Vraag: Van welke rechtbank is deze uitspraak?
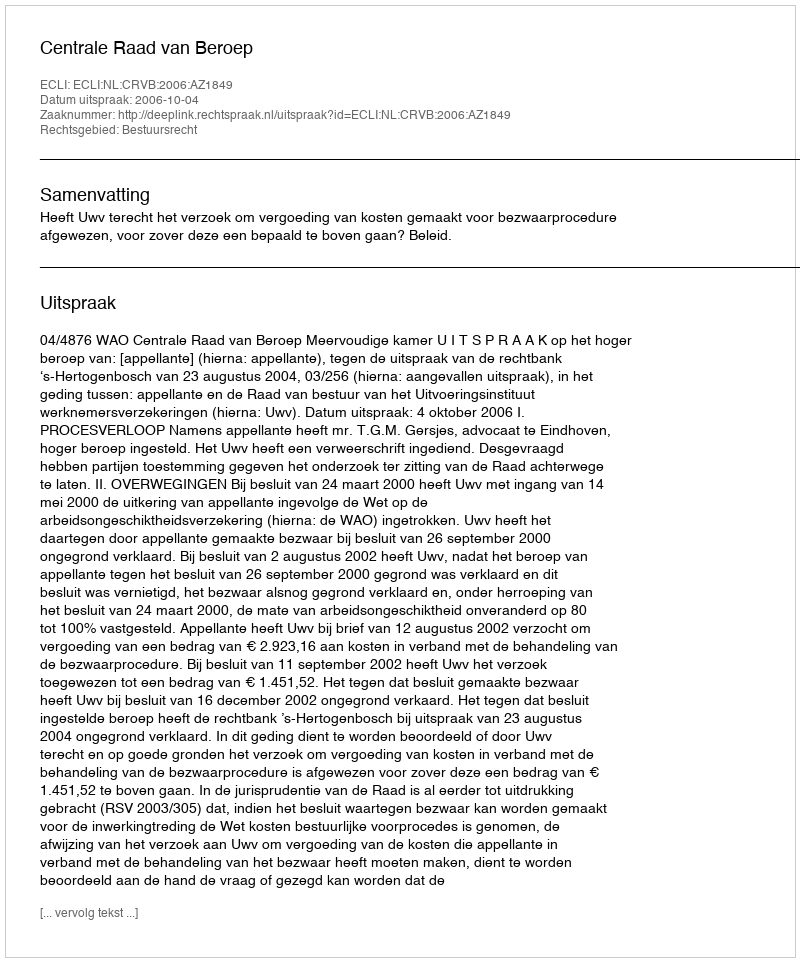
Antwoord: Centrale Raad van Beroep